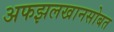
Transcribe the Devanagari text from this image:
अफझलखानसोबत